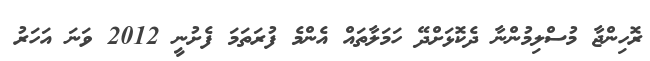
ރޮހިންޖާ މުސްލިމުންނާ ދެކޮޅަށްދޭ ހަމަލާތައް އެންމެ ފުރަތަމަ ފެށުނީ 2012 ވަނަ އަހަރު